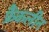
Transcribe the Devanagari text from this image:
फ्रैंकलीन